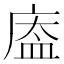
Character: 𱝆